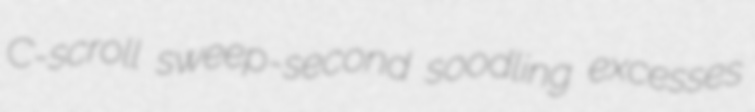
C-scroll sweep-second soodling excesses